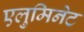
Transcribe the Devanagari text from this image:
एलुमिनेट